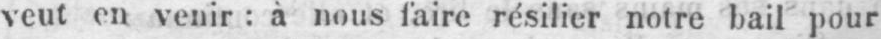
veut en venir: à nous faire résilier notre bail pour